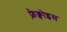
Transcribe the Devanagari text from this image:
फ़्रेक्वोइस